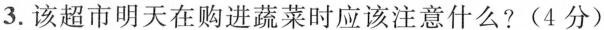
3.该超市明天在购进蔬菜时应该注意什么？（4分）